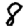
Digit: 8